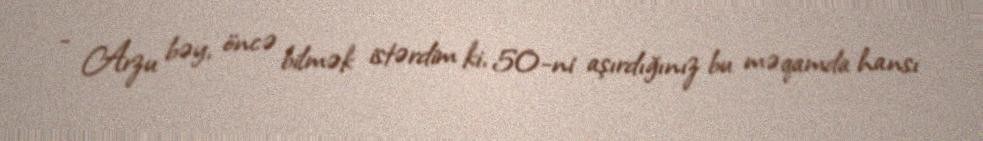
- Arzu bəy, öncə bilmək istərdim ki, 50-ni aşırdığınız bu məqamda hansı